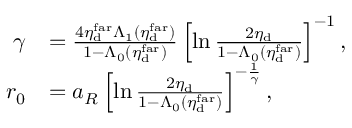
\begin{array} { r l } { \gamma } & { = \frac { 4 \eta _ { \mathrm { d } } ^ { \mathrm { f a r } } \Lambda _ { 1 } ( \eta _ { \mathrm { d } } ^ { \mathrm { f a r } } ) } { 1 - \Lambda _ { 0 } ( \eta _ { \mathrm { d } } ^ { \mathrm { f a r } } ) } \left[ \ln \frac { 2 \eta _ { \mathrm { d } } } { 1 - \Lambda _ { 0 } ( \eta _ { \mathrm { d } } ^ { \mathrm { f a r } } ) } \right] ^ { - 1 } , } \\ { r _ { 0 } } & { = a _ { R } \left[ \ln \frac { 2 \eta _ { \mathrm { d } } } { 1 - \Lambda _ { 0 } ( \eta _ { \mathrm { d } } ^ { \mathrm { f a r } } ) } \right] ^ { - \frac { 1 } { \gamma } } , } \end{array}